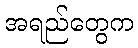
အရည်တွေက